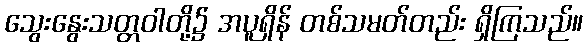
သွေးနွေးသတ္တဝါတို့၌ အပူရှိန် တစ်သမတ်တည်း ရှိကြသည်။